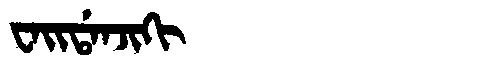
Manchu: ᠸᠠᡳᡩᠠᠨᠵᡳᡴᡳ
Romanization: WAIDANJIKI